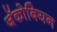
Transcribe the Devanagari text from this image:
जॅकोबियन